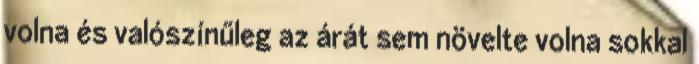
volna és valószínűleg az árát sem növelte volna sokkal